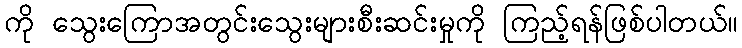
ကို သွေးကြောအတွင်းသွေးများစီးဆင်းမှုကို ကြည့်ရန်ဖြစ်ပါတယ်။